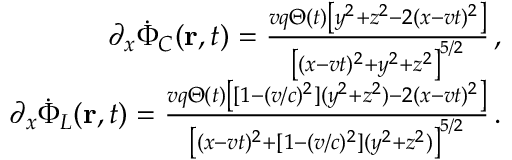
\begin{array} { r } { \partial _ { x } \Dot { \Phi } _ { C } ( { \bf r } , t ) = \frac { v q \Theta ( t ) \left[ y ^ { 2 } + z ^ { 2 } - 2 ( x - v t ) ^ { 2 } \right] } { \left[ ( x - v t ) ^ { 2 } + y ^ { 2 } + z ^ { 2 } \right] ^ { 5 / 2 } } \, , } \\ { \partial _ { x } \Dot { \Phi } _ { L } ( { \bf r } , t ) = \frac { v q \Theta ( t ) \left[ [ 1 - ( v / c ) ^ { 2 } ] ( y ^ { 2 } + z ^ { 2 } ) - 2 ( x - v t ) ^ { 2 } \right] } { \left[ ( x - v t ) ^ { 2 } + [ 1 - ( v / c ) ^ { 2 } ] ( y ^ { 2 } + z ^ { 2 } ) \right] ^ { 5 / 2 } } \, . } \end{array}